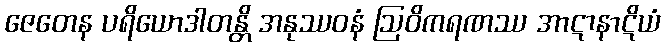
ဇေတေန ပရိယောဒါတန္တိ အနုဿဝနံ ဩဝိကရဏဿ အာဋာနာဋိယံ